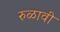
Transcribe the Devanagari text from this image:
रुळावी